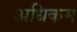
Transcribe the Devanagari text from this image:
अधिकम